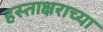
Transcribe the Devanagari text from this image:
हस्ताक्षराच्या